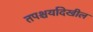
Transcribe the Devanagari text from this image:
तपश्चर्यादेखील